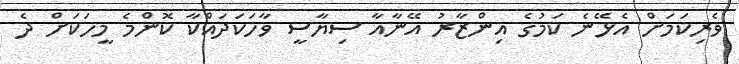
ވެރިކަމަށް އެޅޭނެ ކަމުގެ އިންޒާރު އޭނާއާ ސިޔާސީ ވާހަކަދައްކާ ކޮންމެ މީހަކަށް ދެ